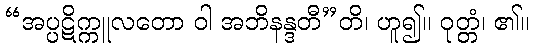
“အပ္ပဋိက္ကူလတော ဝါ အဘိနန္ဒတီ”တိ၊ ဟူ၍။ ဝုတ္တံ၊ ၏။